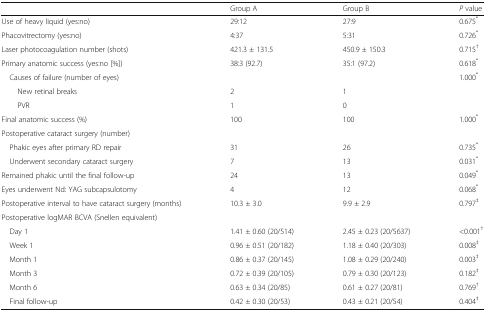
|  | Group A | Group B | P value |
 | --- | --- | --- | --- |
 | Use of heavy liquid (yes:no) | 29:12 | 27:9 | 0.675* |
 | Phacovitrectomy (yes:no) | 4:37 | 5:31 | 0.726* |
 | Laser photocoagulation number (shots) | 421.3 ± 131.5 | 450.9 ± 150.3 | 0.715† |
 | Primary anatomic success (yes:no [%]) | 38:3 (92.7) | 35:1 (97.2) | 0.618* |
 | Causes of failure (number of eyes) |  |  | 1.000* |
 | New retinal breaks | 2 | 1 |  |
 | PVR | 1 | 0 |  |
 | Final anatomic success (%) | 100 | 100 | 1.000* |
 | Postoperative cataract surgery (number) |  |  |  |
 | Phakic eyes after primary RD repair | 31 | 26 | 0.735* |
 | Underwent secondary cataract surgery | 7 | 13 | 0.031* |
 | Remained phakic until the final follow-up | 24 | 13 | 0.049* |
 | Eyes underwent Nd: YAG subcapsulotomy | 4 | 12 | 0.068* |
 | Postoperative interval to have cataract surgery (months) | 10.3 ± 3.0 | 9.9 ± 2.9 | 0.797‡ |
 | Postoperative logMAR BCVA (Snellen equivalent) |  |  |  |
 | Day 1 | 1.41 ± 0.60 (20/514) | 2.45 ± 0.23 (20/5637) | <0.001† |
 | Week 1 | 0.96 ± 0.51 (20/182) | 1.18 ± 0.40 (20/303) | 0.008‡ |
 | Month 1 | 0.86 ± 0.37 (20/145) | 1.08 ± 0.29 (20/240) | 0.003‡ |
 | Month 3 | 0.72 ± 0.39 (20/105) | 0.79 ± 0.30 (20/123) | 0.182‡ |
 | Month 6 | 0.63 ± 0.34 (20/85) | 0.61 ± 0.27 (20/81) | 0.769† |
 | Final follow-up | 0.42 ± 0.30 (20/53) | 0.43 ± 0.21 (20/54) | 0.404‡ |